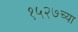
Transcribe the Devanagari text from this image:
१५२७च्या